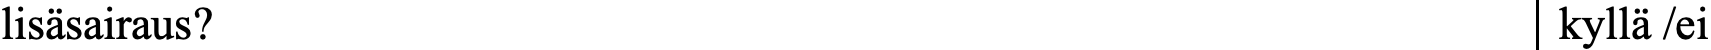
lisäsairaus?                                       kyllä /ei